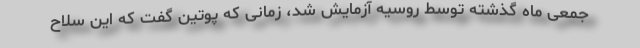
جمعی ماه گذشته توسط روسیه آزمایش شد، زمانی که پوتین گفت که این سلاح